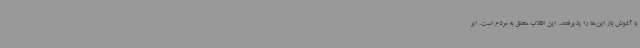
با آغوش باز این‌ها را پذیرفتند. این انقلاب متعلق به مردم است. ایر